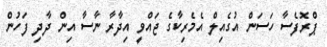
ޕްރޮފެސާ ހަސަން އުގެއިލް އެމެރިކާގެ ޖައްވީ އިދާރާ ނާސާ އިން ދާދި ފަހުން